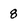
Character: 8